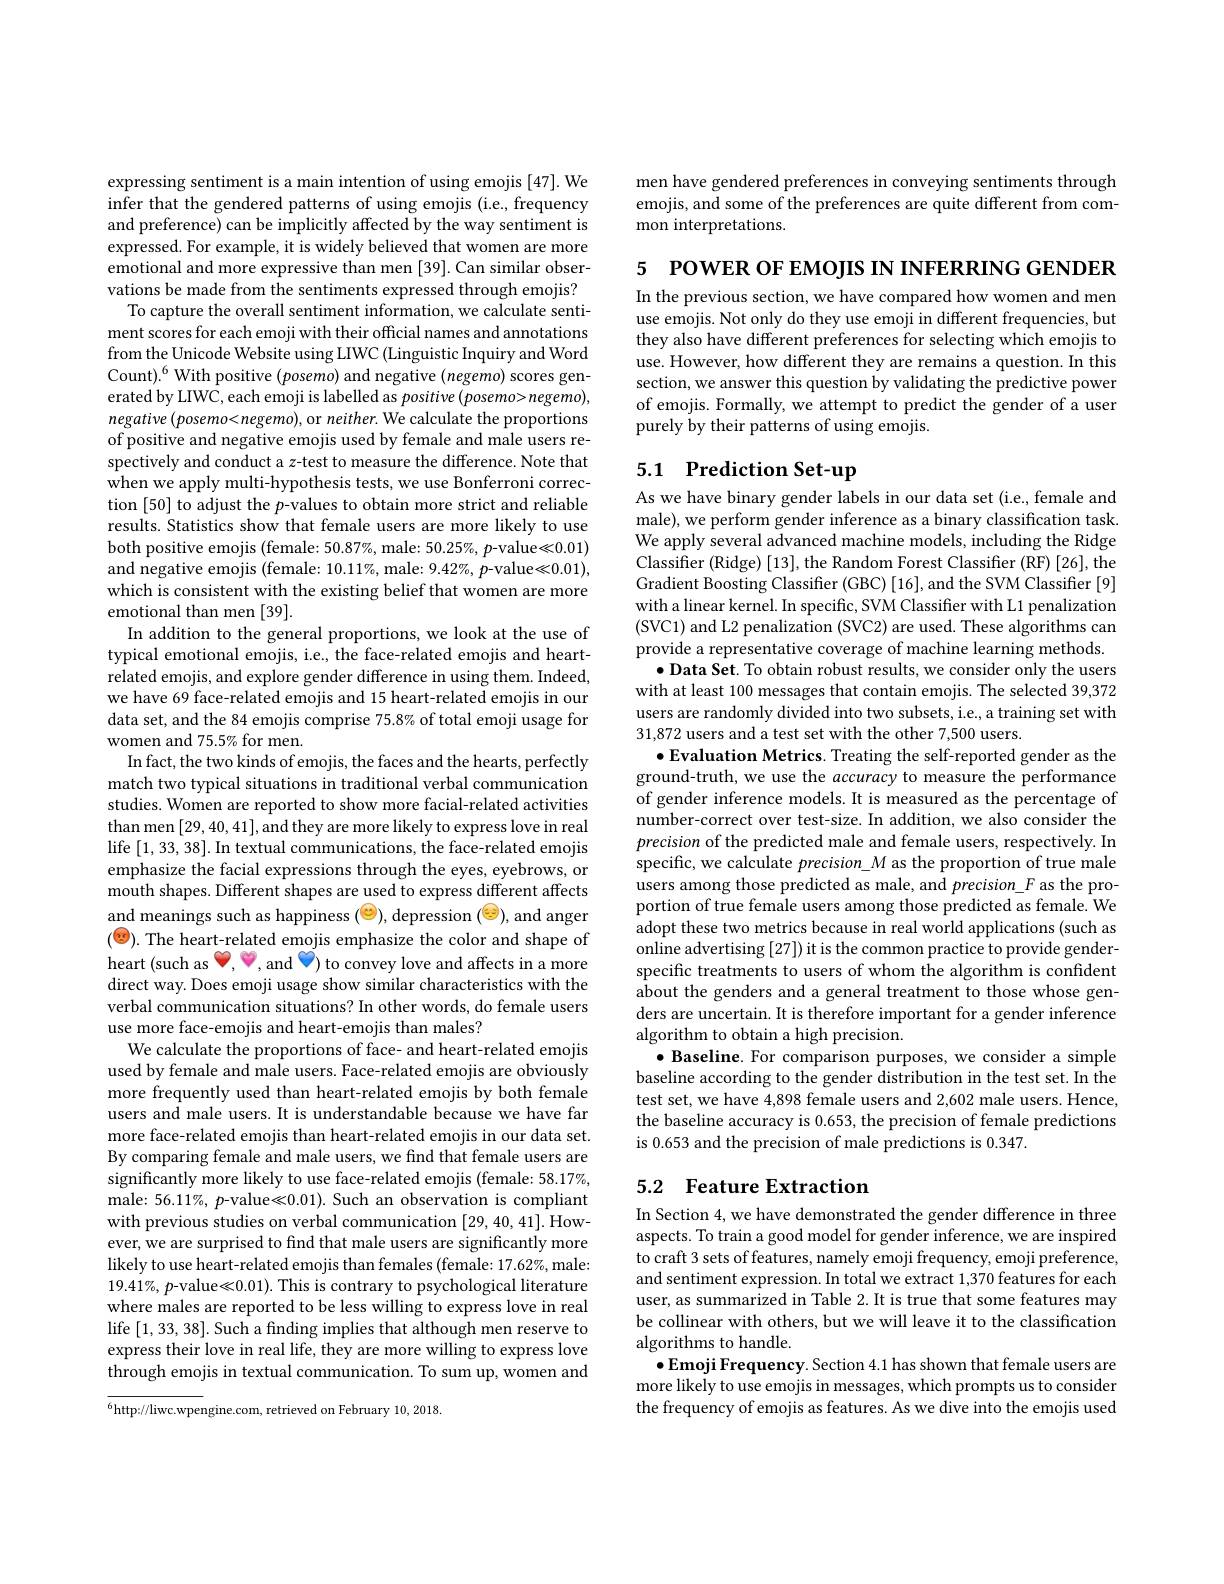
expressing sentiment is a main intention of using emojis [47]. We infer that the gendered patterns of using emojis (i.e., frequency) and preference) can be implicitly affected by the way sentiment is expressed. For example, it is widely believed that women are more emotional and more expressive than men [39]. Can similar observations be made from the sentiments expressed through emojis? To capture the overall sentiment information, we calculate sentiment scores for each emoji with their offcial names and annotations from the Unicode Website using LIWC (Linguistic Inquiry and Word Count).$^6$With positive $(posemo)$ and negative $(negemo)$ scores generated by LIWC, each emoji is labelled as positive (posemo> negemo), negative (posemo<negemo), or neither. We calculate the proportions of positive and negative emojis used by female and male users respectively and conduct a z-test to measure the difference. Note that when we apply multi-hypothesis tests, we use Bonferroni correction [50] to adjust the p-values to obtain more strict and reliable results. Statistics show that female users are more likely to use both positive emojis (female: 50.87%, male: 50.25%, p-value<0.01) and negative emojis (female: 10.11%, male: 9.42%, p-value<0.01), which is consistent with the existing belief that women are more emotional than men [39].
In addition to the general proportions, we look at the use of typical emotional emojis, i.e., the face-related emojis and heartrelated emojis, and explore gender difference in using them. Indeed, we have 69 face-related emojis and 15 heart-related emojis in our data set, and the 84 emojis comprise 75.8% of total emoji usage for women and 75.5% for men.
In fact, the two kinds of emojis, the faces and the hearts, perfectly match two typical situations in traditional verbal communication studies. Women are reported to show more facial-related activities than men$\left[29,40,41\right]$,and they are more likely to express love in real life [1,33,38]. In textual communications, the face-related emojis emphasize the facial expressions through the eyes, eyebrows, or mouth shapes. Different shapes are used to express different affects and meanings such as happiness ("), depression ("), and anger (9). The heart-related emojis emphasize the color and shape of heart (such as , and ) to convey love and affects in a more direct way. Does emoji usage show similar characteristics with the verbal communication situations? In other words, do female users use more face-emojis and heart-emojis than males?
We calculate the proportions of face- and heart-related emojis used by female and male users. Face-related emojis are obviously more frequently used than heart-related emojis by both female users and male users. It is understandable because we have far more face-related emojis than heart-related emojis in our data set. By comparing female and male users, we find that female users are significantly more likely to use face-related emojis (female: 58.17%, male: 56.11%, p-value<0.01). Such an observation is compliant with previous studies on verbal communication [29,40,41]. However, we are surprised to find that male users are significantly more likely to use heart-related emojis than females (female: 17.62%, male: $19.41\%,p$-value$\ll0.01).$This is contrary to psychological literature where males are reported to be less willing to express love in real life [1,33,38]. Such a finding implies that although men reserve to express their love in real life, they are more willing to express love through emojis in textual communication. To sum up, women and $^{6}$http://liwc.wpengine.com, retrieved on February 10, 2018.

men have gendered preferences in conveying sentiments through emojis, and some of the preferences are quite different from common interpretations.

5 POWER OF EMOJIS INFERRING GENDER

In the previous section, we have compared how women and men use emojis. Not only do they use emoji in different frequencies, but they also have different preferences for selecting which emojis to use. However, how different they are remains a question. In this section, we answer this question by validating the predictive power of emojis. Formally, we attempt to predict the gender of a user purely by their patterns of using emojis.

# 5.1 Prediction Set-up

As we have binary gender labels in our data set (i.e., female and male), we perform gender inference as a binary classification task. We apply several advanced machine models, including the Ridge Classifier (Ridge) [13], the Random Forest Classifier (RF) [26], the Gradient Boosting Classifier (GBC) [16], and the SVM Classifier [9] with a linear kernel. In specific, SVM Classifier with L1 penalization (SVC1) and L2 penalization (SVC2) are used. These algorithms can provide a representative coverage of machine learning methods
$\bullet$ Data Set. To obtain robust results, we consider only the users with at least 100 messages that contain emojis. The selected 39,372 users are randomly divided into two subsets, i.e., a training set with 31,872 users and a test set with the other 7,500 users.
$\bullet$Evaluation Metrics. Treating the self-reported gender as the ground-truth, we use the accuracy to measure the performance of gender inference models.It is measured as the percentage of number-correct over test-size. In addition, we also consider the precision of the predicted male and female users, respectively. In specific, we calculate precision\_M as the proportion of true male users among those predicted as male, and precision\_F as the proportion of true female users among those predicted as female. We adopt these two metrics because in real world applications (such as $\tilde{\text{online advertising}}\left[27\right])$it is the common practice to provide genderspecific treatments to users of whom the algorithm is confident about the genders and a general treatment to those whose genders are uncertain. It is therefore important for a gender inference algorithm to obtain a high precision.
$\bullet$ Baseline. For comparison purposes, we consider a simple baseline according to the gender distribution in the test set. In the test set, we have 4,898 female users and 2,602 male users. Hence the baseline accuracy is 0.653, the precision of female predictions is 0.653 and the precision of male predictions is 0.347.

# 5.2 Feature Extraction

In Section 4, we have demonstrated the gender difference in three aspects. To train a good model for gender inference, we are inspired to craft 3 sets of features, namely emoji frequency, emoji preference, and sentiment expression. In total we extract 1,370 features for each user, as summarized in Table 2. It is true that some features may be collinear with others, but we will leave it to the classification algorithms to handle.
$\bullet$Emoji Frequency. Section 4.1 has shown that female users are more likely to use emojis in messages, which prompts us to consider the frequency of emojis as features. As we dive into the emojis used